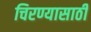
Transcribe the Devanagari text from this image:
चिरण्यासाठी